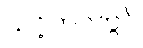
သင့်ဘဝတွင်